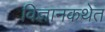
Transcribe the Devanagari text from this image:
विज्ञानकथेत